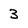
Character: 3